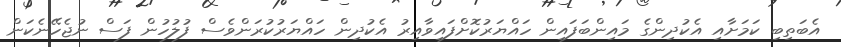
އެބަތިބި ކަމަށާއި އެކުދިންގެ މައިންބަފައިން ހައްޔަރުކޮށްފައިވާއިރު އެކުދިން ހައްޔަރުކުރަންވެސް ފުލުހުން ފަސް ނުޖެހޭނެކަން